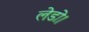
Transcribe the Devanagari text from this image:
लेडो।